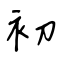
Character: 初